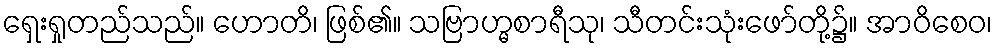
ရှေးရှုတည်သည်။ ဟောတိ၊ ဖြစ်၏။ သဗြာဟ္မစာရီသု၊ သီတင်းသုံးဖော်တို့၌။ အာဝိစေဝ၊